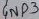
Text: GND3